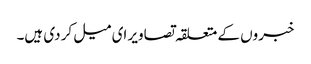
خبروں کے متعلقہ تصاویر ای میل کر دی ہیں۔